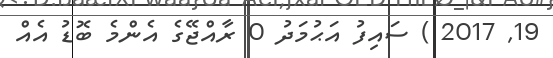
19